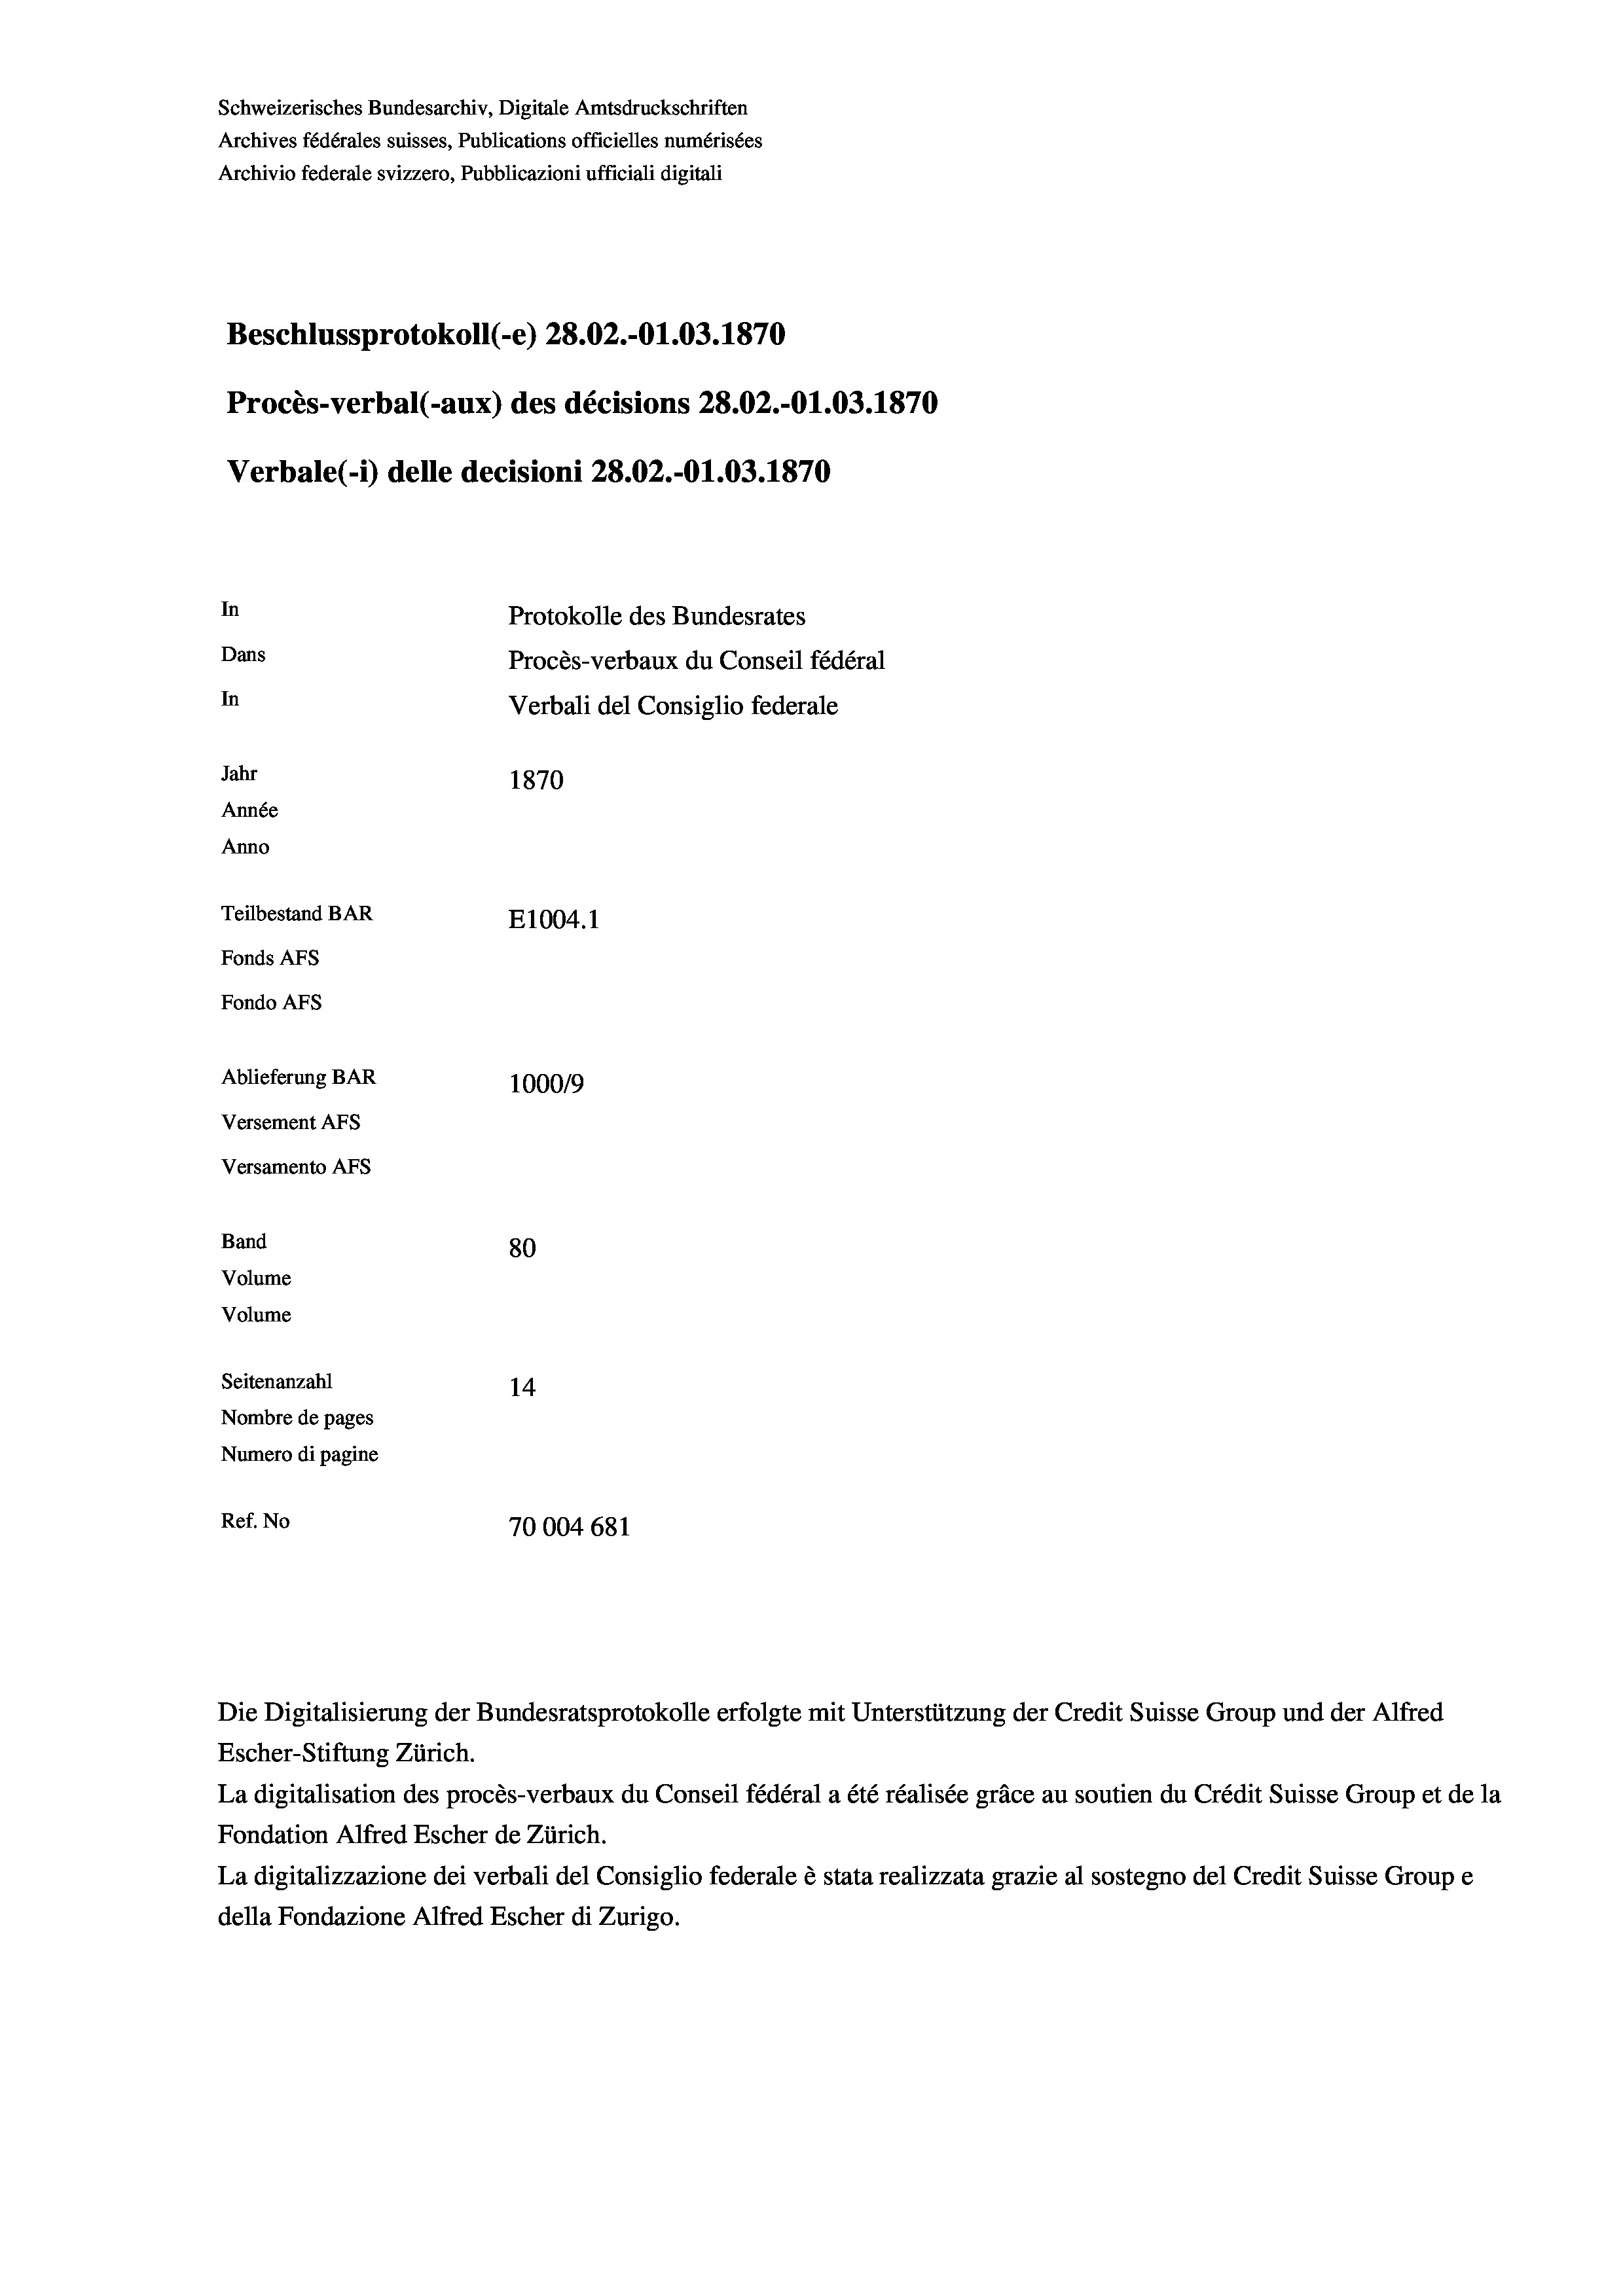
Schweizerisches Bundesarchiv, Digitale Amtsdruckschriften
Archives fédérales suisses, Publications officielles numérisées
Archivio federale svizzero, Pubblicazioni ufficiali digitali
Beschlussprotokoll (-e) 28.02.-O1.03. 1870
Procès-verbal (-aux) des décisions 28.02.-O1.03. 1870
Verbale (i) delle decisioni 28.02.-O1.03. 1870
In
Protokolle des Bundesrates
Dans
Procès-verbaux du Conseil fédéral
In
Verbali del Consiglio federale
Jahr
1870
Année
Anno
Teilbestand BAR
E1004. 1
Fonds AFs
Fondo Afs
Ablieferung BAR
100019
Versement AFs
Versamento AFs
Band
80
Volume
Volume
Seitenanzahl
14
Nombre de pages
Numero di pagine
Ref. No
70004 681

La digitalisation des procès-verbaux du Conseil fédéral a été réalisée gräce au soutien du Crédit Suisse Group et de la
Fondation Alfred Escher de Zürich.
La digitalizzazione dei verbali del Consiglio federale è stata realizzata grazie al sostegno del Credit Suisse Groupe
della Fondazione Alfred Escher di Zurigo.

Die Digitalisierung der Bundesratsprotokolle erfolgte mit Unterstützung der Credit Suisse Group und der Alfred
Escher-Stiftung Zürich.